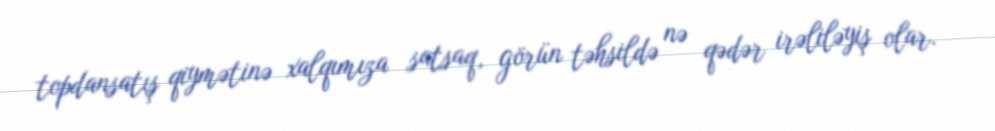
topdansatış qiymətinə xalqımıza satsaq, görün təhsildə nə qədər irəliləyiş olar.